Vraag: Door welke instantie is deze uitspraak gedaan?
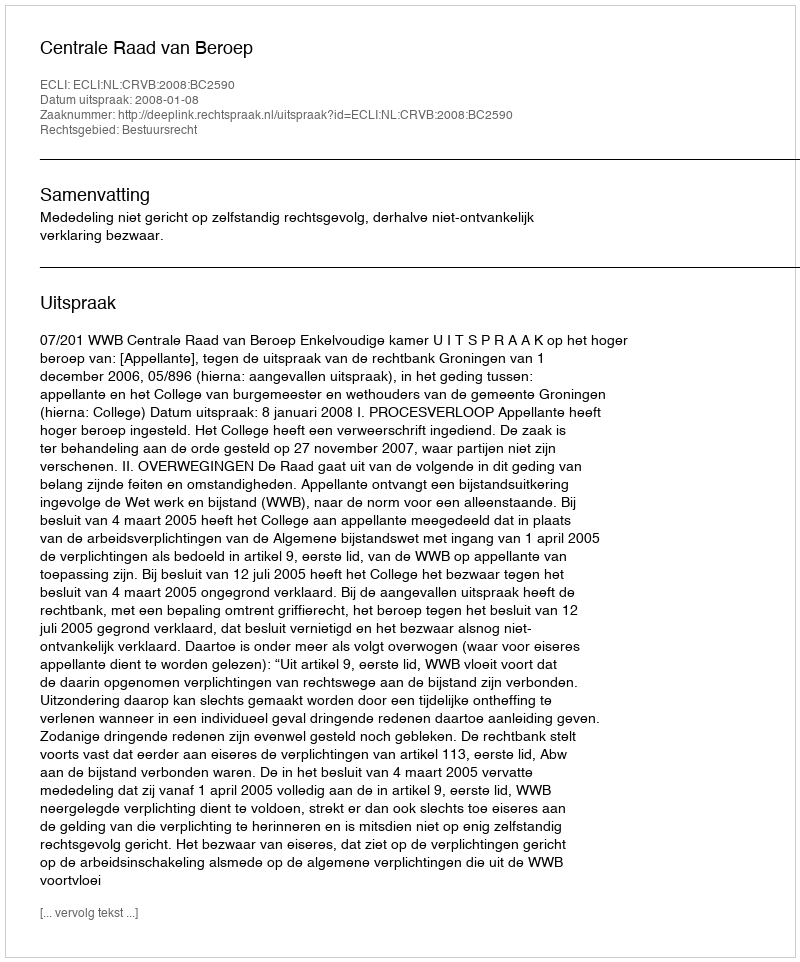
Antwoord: Centrale Raad van Beroep